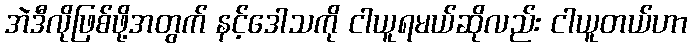
အဲဒီလိုဖြစ်ဖို့အတွက် နင့်ဒေါသကို ငါယူရမယ်ဆိုလည်း ငါယူတယ်ဟာ